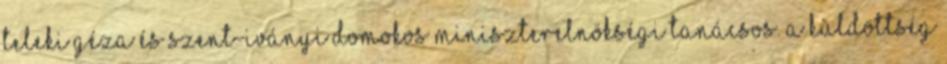
Teleki Géza és Szent-Iványi Domokos miniszterelnökségi tanácsos. A küldöttség